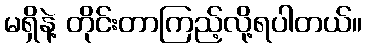
မရှိနဲ့ တိုင်းတာကြည့်လို့ရပါတယ်။